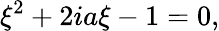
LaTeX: \xi^{2}+2ia\xi-1=0,